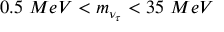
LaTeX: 0 . 5 ~ M e V < m _ { \nu _ { \tau } } < 3 5 ~ M e V